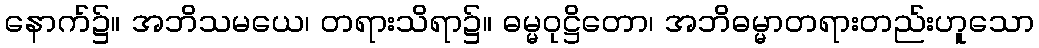
နောက်၌။ အဘိသမယေ၊ တရားသိရာ၌။ ဓမ္မဝုဋ္ဌိတော၊ အဘိဓမ္မာတရားတည်းဟူသော